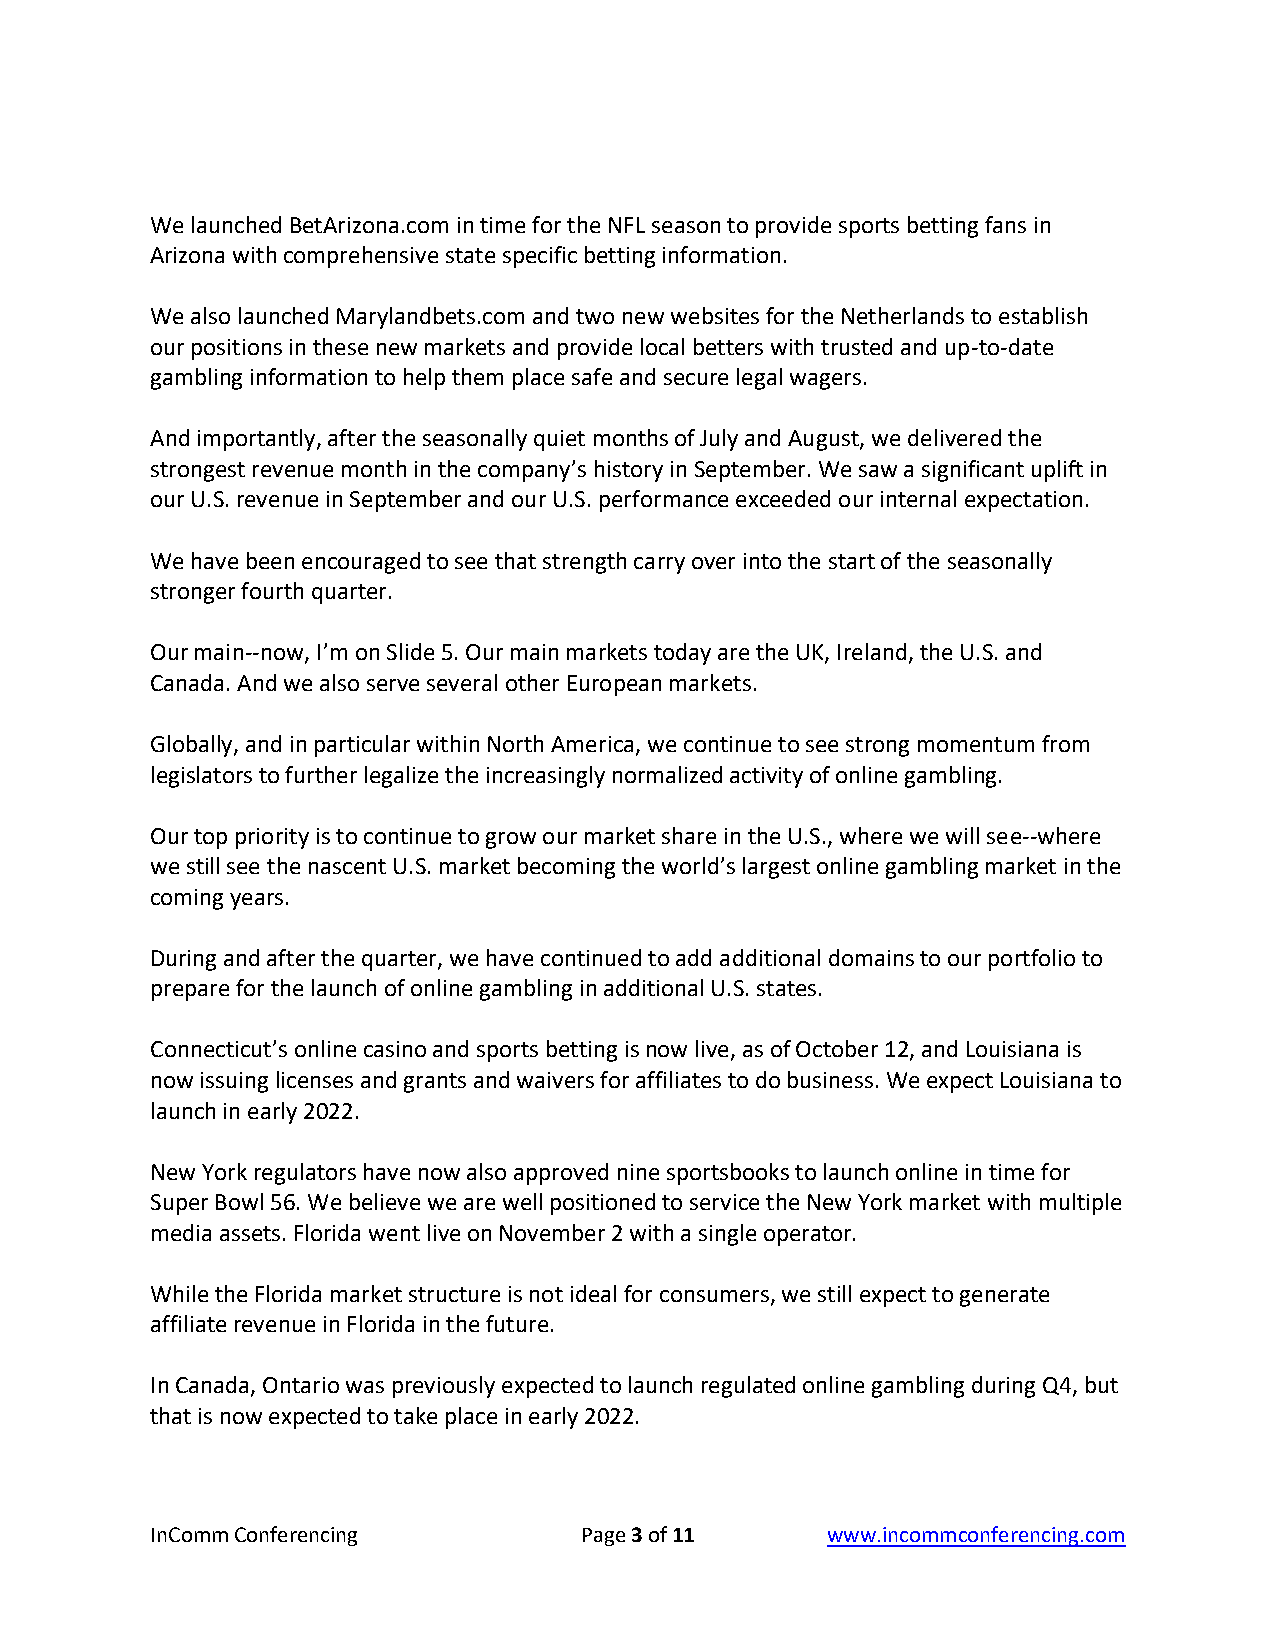
We launched BetArizona.com in time for the NFL season to provide sports betting fans in
 Arizona with comprehensive state specific betting information.
 We also launched Marylandbets.com and two new websites for the Netherlands to establish
 our positions in these new markets and provide local betters with trusted and up-to-date
 gambling information to help them place safe and secure legal wagers.
 And importantly, after the seasonally quiet months of July and August, we delivered the
 strongest revenue month in the company’s history in September. We saw a significant uplift in
 our U.S. revenue in September and our U.S. performance exceeded our internal expectation.
 We have been encouraged to see that strength carry over into the start of the seasonally
 stronger fourth quarter.
 Our main--now, I’m on Slide 5. Our main markets today are the UK, Ireland, the U.S. and
 Canada. And we also serve several other European markets.
 Globally, and in particular within North America, we continue to see strong momentum from
 legislators to further legalize the increasingly normalized activity of online gambling.
 Our top priority is to continue to grow our market share in the U.S., where we will see--where
 we still see the nascent U.S. market becoming the world’s largest online gambling market in the
 coming years.
 During and after the quarter, we have continued to add additional domains to our portfolio to
 prepare for the launch of online gambling in additional U.S. states.
 Connecticut’s online casino and sports betting is now live, as of October 12, and Louisiana is
 now issuing licenses and grants and waivers for affiliates to do business. We expect Louisiana to
 launch in early 2022.
 New York regulators have now also approved nine sportsbooks to launch online in time for
 Super Bowl 56. We believe we are well positioned to service the New York market with multiple
 media assets. Florida went live on November 2 with a single operator.
 While the Florida market structure is not ideal for consumers, we still expect to generate
 affiliate revenue in Florida in the future.
 In Canada, Ontario was previously expected to launch regulated online gambling during Q4, but
 that is now expected to take place in early 2022.
 InComm Conferencing         Page 3 of 11     www.incommconferencing.com